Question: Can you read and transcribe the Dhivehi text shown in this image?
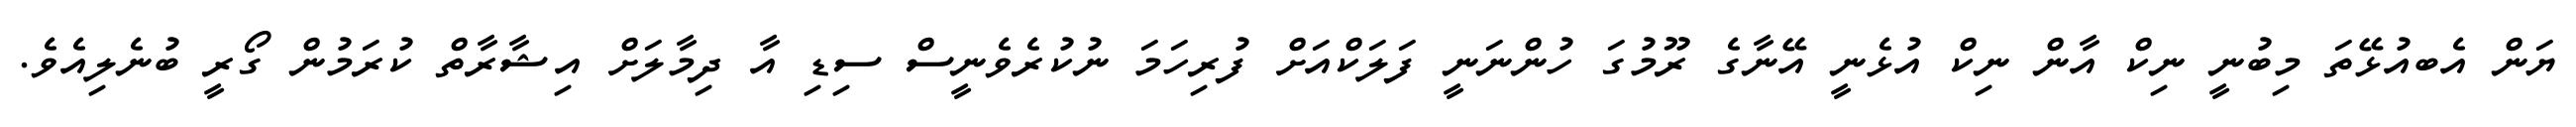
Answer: ޔަން އެބއުޅޭތަ މިބުނީ ނިކް އާން ނިކް އުޅެނީ އޭނާގެ ރޫމުގަ ހުންނަނީ ފަލަކްއަށް ފުރިހަމަ ނުކުރެވެނީސް ސިޑި އާ ދިމާލަށް އިޝާރާތް ކުރަމުން ގޯރީ ބުނެލިއެވެ.